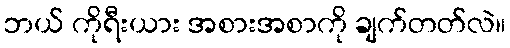
ဘယ် ကိုရီးယား အစားအစာကို ချက်တတ်လဲ။